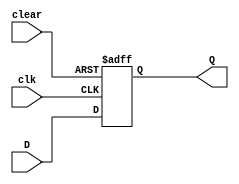
module DFF_with_clear (
    input wire D,
    input wire clk,
    input wire clear,
    output reg Q
);

always @(posedge clk or posedge clear) begin
    if (clear) begin
        Q <= 1'b0; // Clear the output
    end else begin
        Q <= D; // Store D input on clock edge
    end
end

endmodule